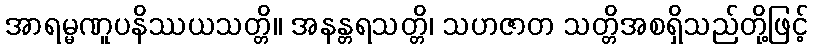
အာရမ္မဏူပနိဿယသတ္တိ။ အနန္တရသတ္တိ၊ သဟဇာတ သတ္တိအစရှိသည်တို့ဖြင့်